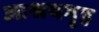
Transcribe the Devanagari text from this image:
आश्रयगृह